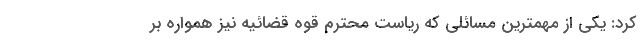
کرد: یکی از مهمترین مسائلی که ریاست محترم قوه قضائیه نیز همواره بر